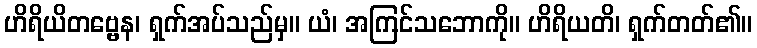
ဟိရိယိတဗ္ဗေန၊ ရှက်အပ်သည်မှ။ ယံ၊ အကြင်သဘောကို။ ဟိရိယတိ၊ ရှက်တတ်၏။